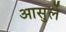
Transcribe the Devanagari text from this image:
आसुर्ले